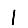
Digit: 1